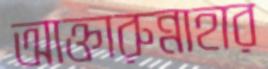
আক্তারুন্নাহার